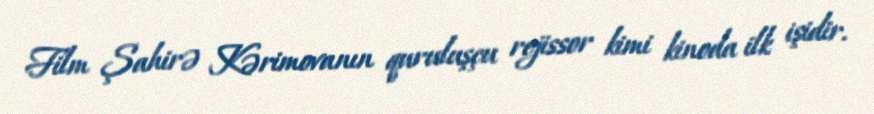
Film Şahirə Kərimovanın quruluşçu rejissor kimi kinoda ilk işidir.